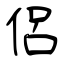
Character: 侶